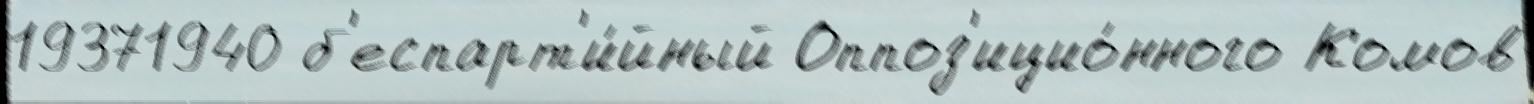
19371940 б'еспарт'и́йный Оппоз'ицио́нного Комов